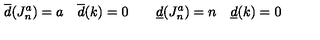
\overline { { d } } ( J _ { n } ^ { a } ) = a \quad \overline { { d } } ( k ) = 0 \qquad \underline { { d } } ( J _ { n } ^ { a } ) = n \quad \underline { { d } } ( k ) = 0